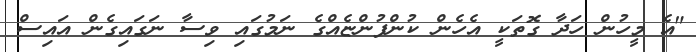
"އެ މީހުން ހަދާ ގޮތަކީ އެހެން ކުންފުންޏެއްގެ ނަމުގައި ވިސާ ނަގައިގެން އައިސް